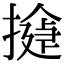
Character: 𢵂